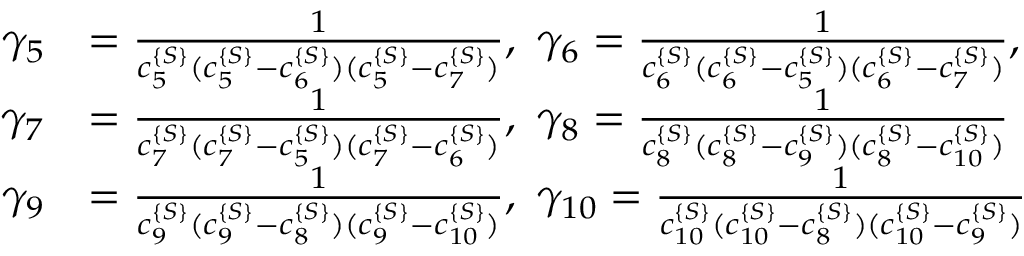
\begin{array} { r l } { \gamma _ { 5 } } & { = \frac { 1 } { c _ { 5 } ^ { \{ S \} } ( c _ { 5 } ^ { \{ S \} } - c _ { 6 } ^ { \{ S \} } ) ( c _ { 5 } ^ { \{ S \} } - c _ { 7 } ^ { \{ S \} } ) } , \ \gamma _ { 6 } = \frac { 1 } { c _ { 6 } ^ { \{ S \} } ( c _ { 6 } ^ { \{ S \} } - c _ { 5 } ^ { \{ S \} } ) ( c _ { 6 } ^ { \{ S \} } - c _ { 7 } ^ { \{ S \} } ) } , } \\ { \gamma _ { 7 } } & { = \frac { 1 } { c _ { 7 } ^ { \{ S \} } ( c _ { 7 } ^ { \{ S \} } - c _ { 5 } ^ { \{ S \} } ) ( c _ { 7 } ^ { \{ S \} } - c _ { 6 } ^ { \{ S \} } ) } , \ \gamma _ { 8 } = \frac { 1 } { c _ { 8 } ^ { \{ S \} } ( c _ { 8 } ^ { \{ S \} } - c _ { 9 } ^ { \{ S \} } ) ( c _ { 8 } ^ { \{ S \} } - c _ { 1 0 } ^ { \{ S \} } ) } } \\ { \gamma _ { 9 } } & { = \frac { 1 } { c _ { 9 } ^ { \{ S \} } ( c _ { 9 } ^ { \{ S \} } - c _ { 8 } ^ { \{ S \} } ) ( c _ { 9 } ^ { \{ S \} } - c _ { 1 0 } ^ { \{ S \} } ) } , \ \gamma _ { 1 0 } = \frac { 1 } { c _ { 1 0 } ^ { \{ S \} } ( c _ { 1 0 } ^ { \{ S \} } - c _ { 8 } ^ { \{ S \} } ) ( c _ { 1 0 } ^ { \{ S \} } - c _ { 9 } ^ { \{ S \} } ) } } \end{array}